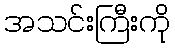
အသင်းကြီးကို